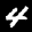
Label: 4